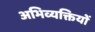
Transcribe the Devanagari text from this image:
अभिव्‍यक्तियों